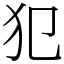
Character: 犯